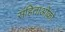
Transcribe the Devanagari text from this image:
संहिताओंको